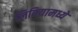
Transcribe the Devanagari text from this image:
लिबियामध्ये